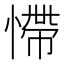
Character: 㦅